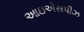
આઇએસપીઝ